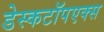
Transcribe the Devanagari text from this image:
डेस्कटॉपएक्स